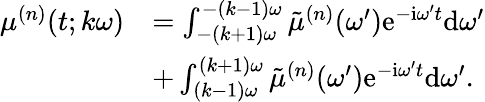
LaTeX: \begin{array}{rl}{\mu^{(n)}(t;k\omega)}&{=\int_{-(k+1)\omega}^{-(k-1)\omega}\tilde{\mu}^{(n)}(\omega^{\prime})\mathrm{e}^{-\mathrm{i}\omega^{\prime}t}\mathrm{d}\omega^{\prime}}\\ &{+\int_{(k-1)\omega}^{(k+1)\omega}\tilde{\mu}^{(n)}(\omega^{\prime})\mathrm{e}^{-\mathrm{i}\omega^{\prime}t}\mathrm{d}\omega^{\prime}.}\end{array}